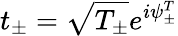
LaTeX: t_{\pm}=\sqrt{T_{\pm}}e^{i\psi_{\pm}^{T}}